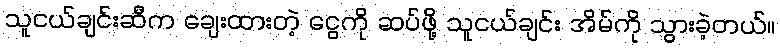
သူငယ်ချင်းဆီက ချေးထားတဲ့ ငွေကို ဆပ်ဖို့ သူငယ်ချင်း အိမ်ကို သွားခဲ့တယ်။